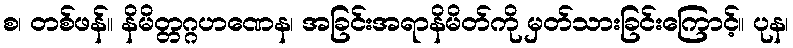
စ၊ တစ်ဖန်။ နိမိတ္တဂ္ဂဟဏေန၊ အခြင်းအရာနိမိတ်ကို မှတ်သားခြင်းကြောင့်။ ပုန၊